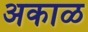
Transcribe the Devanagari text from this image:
अकाळ